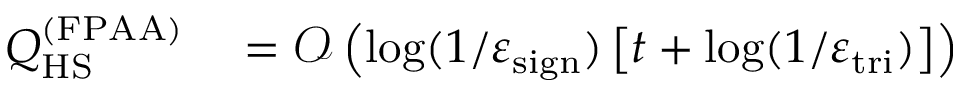
\begin{array} { r l } { Q _ { \mathrm { H S } } ^ { ( \mathrm { F P A A } ) } } & { { } = \mathcal { O } \left( \log ( 1 / \varepsilon _ { \mathrm { s i g n } } ) \left[ t + \log ( 1 / \varepsilon _ { \mathrm { t r i } } ) \right] \right) } \end{array}